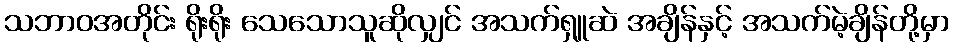
သဘာဝအတိုင်း ရိုးရိုး သေသောသူဆိုလျှင် အသက်ရှူဆဲ အချိန်နှင့် အသက်မဲ့ချိန်တို့မှာ